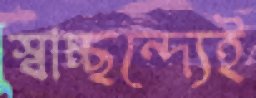
স্বাচ্ছন্দ্যেই